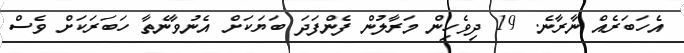
އެހަބަރެއް ނާރާނެ. 19 ދިވެހިން މަރާލުން ފެންފަދަ ބަޔަކަށް އެނުވާނެތާ ހަބަރަކަށް ވެސް